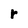
Character: r